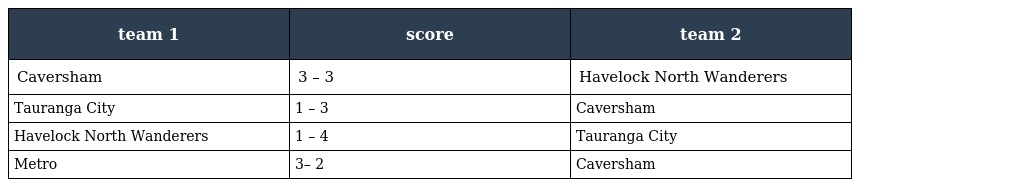
| team 1 | score | team 2 |
 | --- | --- | --- |
 | Caversham | 3 – 3 | Havelock North Wanderers |
 | Tauranga City | 1 – 3 | Caversham |
 | Havelock North Wanderers | 1 – 4 | Tauranga City |
 | Metro | 3– 2 | Caversham |